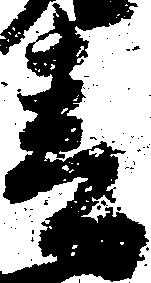
春